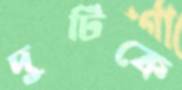
দুটিকে